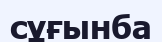
сұғынба